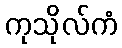
ကုသိုလ်ကံ